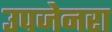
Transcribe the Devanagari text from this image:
उपजेनरा